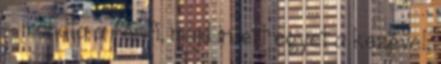
– mondta a férfi, majd intett egyet a kezével.